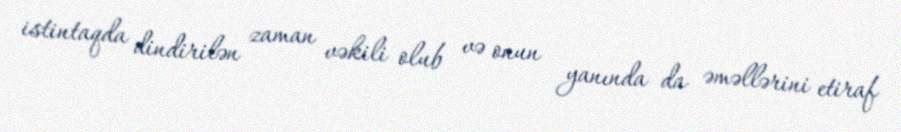
istintaqda dindirilən zaman vəkili olub və onun yanında da əməllərini etiraf